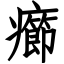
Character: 癤